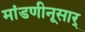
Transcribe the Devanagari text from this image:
मांडणीनूसार्